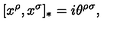
[ x ^ { \rho } , x ^ { \sigma } ] _ { * } = i \theta ^ { \rho \sigma } ,